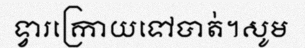
ទ្វារក្រោយទៅបាត់។សូម